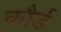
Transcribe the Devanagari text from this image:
कौर्ड